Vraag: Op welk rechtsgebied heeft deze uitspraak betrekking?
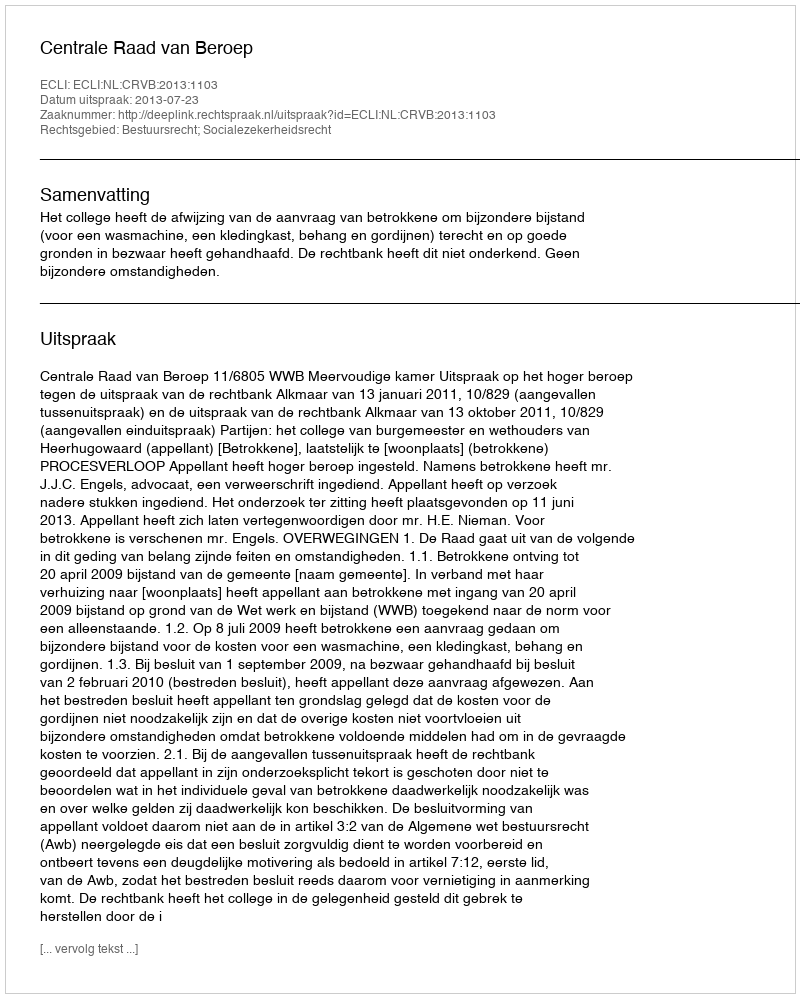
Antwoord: Bestuursrecht; Socialezekerheidsrecht